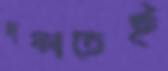
দফাতেই